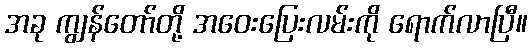
အခု ကျွန်တော်တို့ အဝေးပြေးလမ်းကို ရောက်လာပြီ။